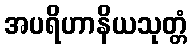
အပရိဟာနိယသုတ္တံ